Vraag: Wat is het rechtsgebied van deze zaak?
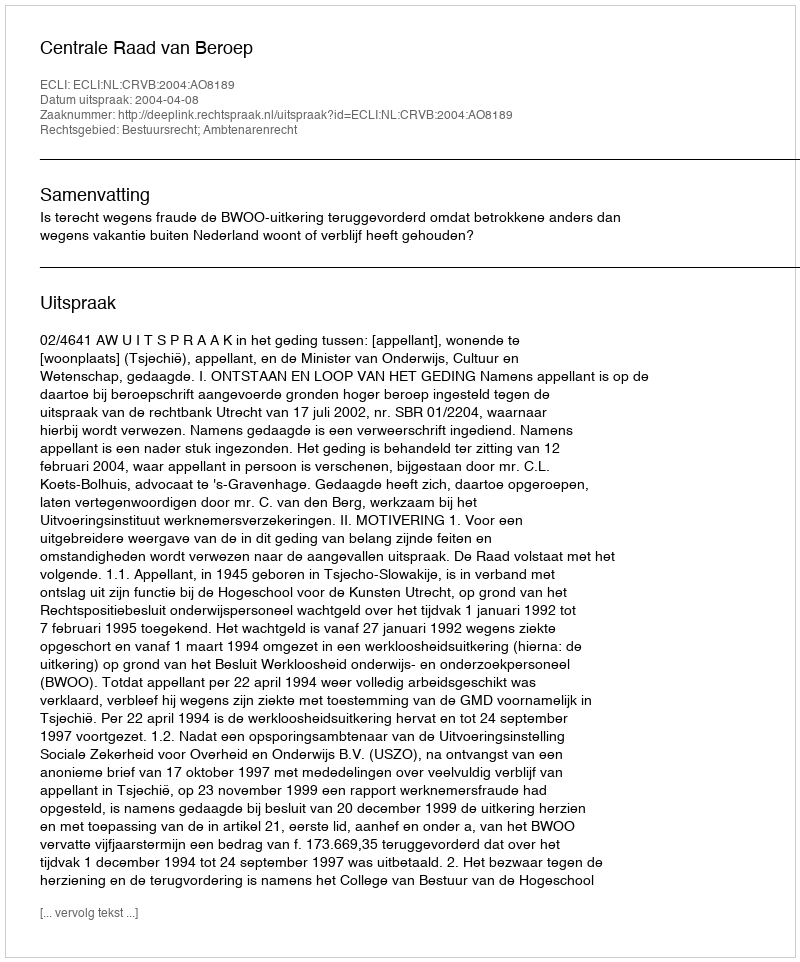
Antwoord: Bestuursrecht; Ambtenarenrecht